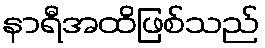
နာရီအထိဖြစ်သည်